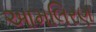
આમલિરણ